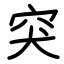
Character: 突